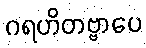
ဂရဟိတဗ္ဗာပေ